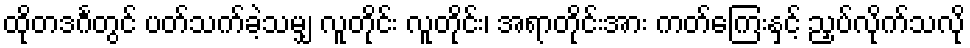
ထိုတဒင်္ဂတွင် ပတ်သက်ခဲ့သမျှ လူတိုင်း လူတိုင်း၊ အရာတိုင်းအား ကတ်ကြေးနှင့် ညှပ်လိုက်သလို